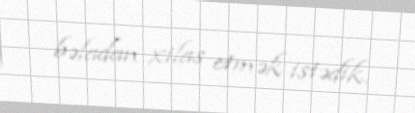
bəladan xilas etmək istədik.